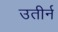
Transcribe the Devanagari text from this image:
उतीर्न